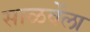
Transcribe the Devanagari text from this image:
साळवेंला